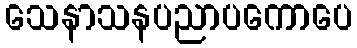
သေနာသနပညာပကောပေ